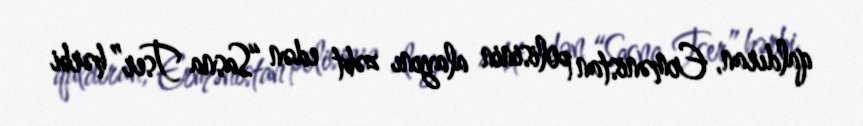
qaldıran, Ermənistan polisinin alayını zəbt edən “Sasna Tser” hərbi